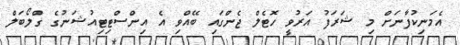
އެމަނިކުފާނަށް މި ޝަރަފު އަރުވީ ހޮޓެލް ޖެންގައި ބޭއްވި އެ އިންސްޓިޓިއުޝަނުގެ ގްލޯބަލް